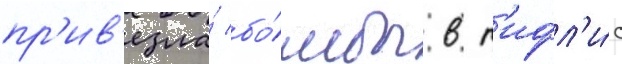
пр'ив'езла́ бо́мбы в т'ифл'и́с